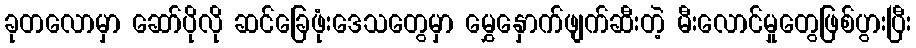
ခုတလောမှာ ဆော်ပိုလို ဆင်ခြေဖုံးဒေသတွေမှာ မွှေနှောက်ဖျက်ဆီးတဲ့ မီးလောင်မှုတွေဖြစ်ပွားပြီး